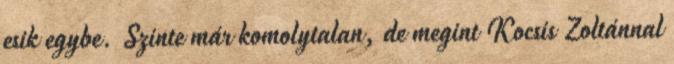
esik egybe. Szinte már komolytalan, de megint Kocsis Zoltánnal